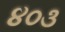
૪૦૩